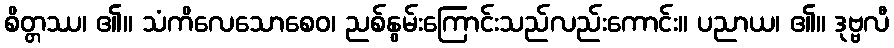
စိတ္တဿ၊ ၏။ သံကိလေသောစေဝ၊ ညစ်နွမ်းကြောင်းသည်လည်းကောင်း။ ပညာယ၊ ၏။ ဒုဗ္ဗလီ